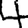
Digit: 4